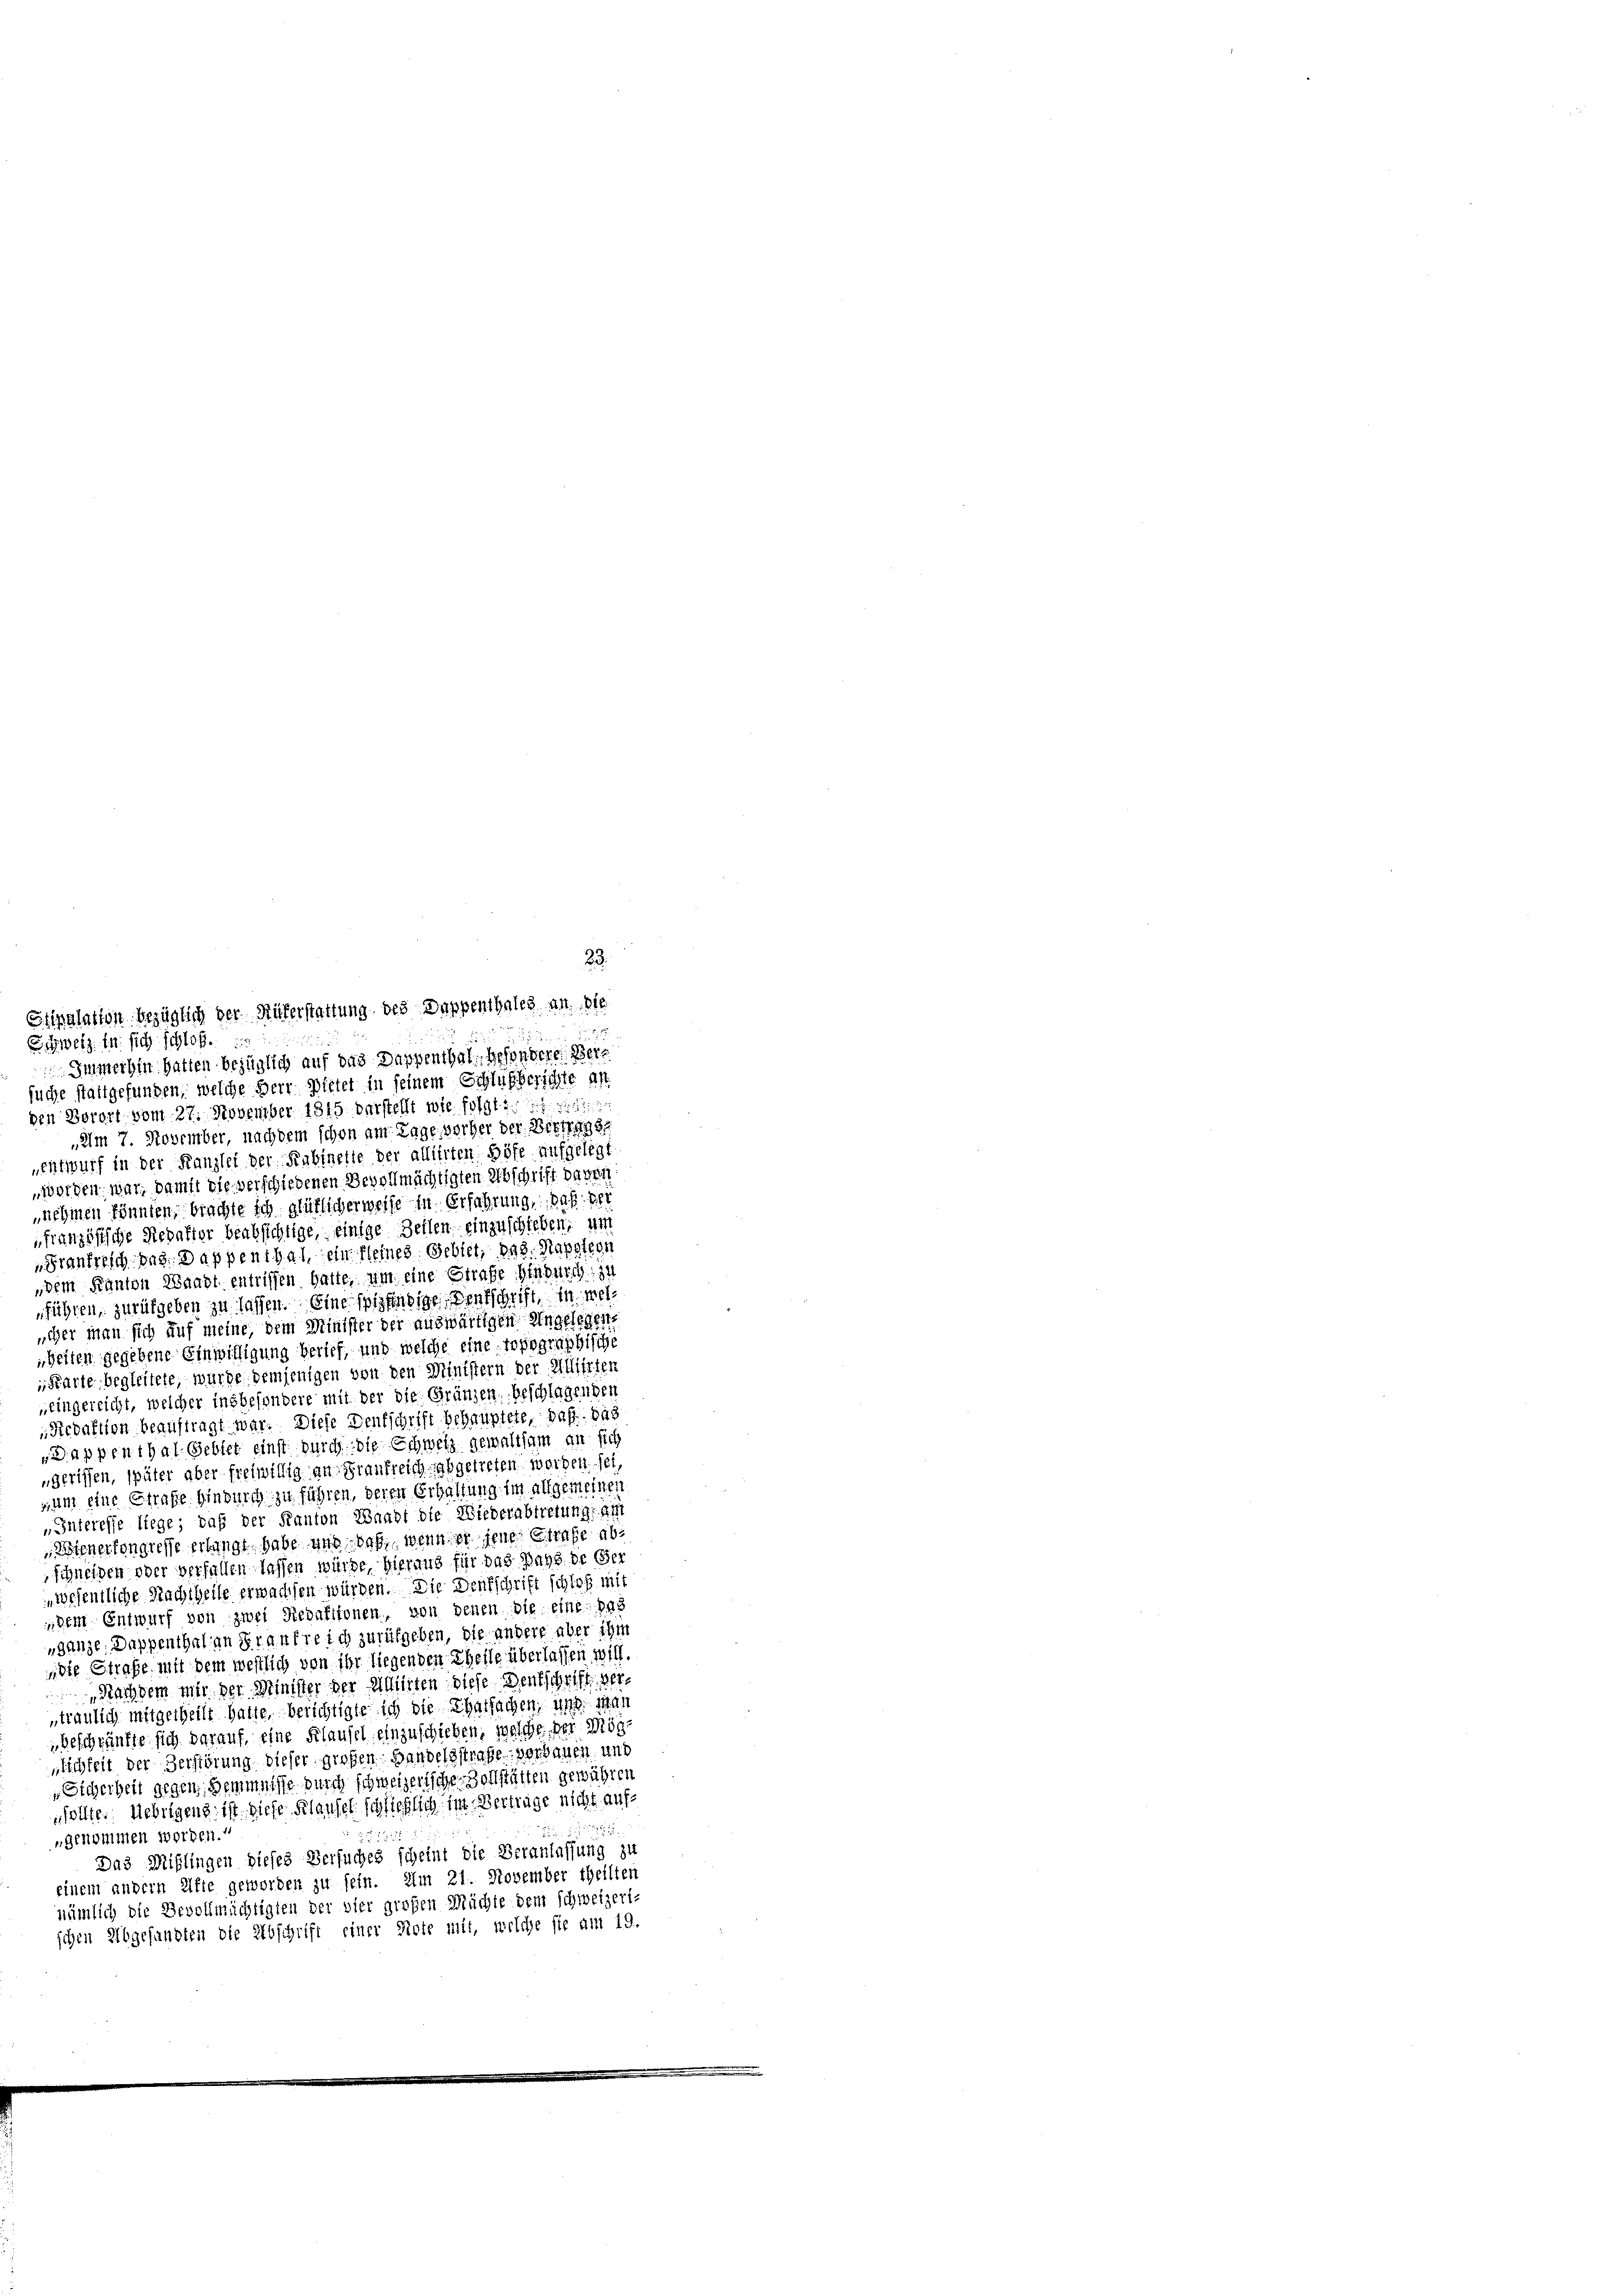
Immerhin hatten bezüglich auf das Dappenthal besondere Berfuche stattgefunden, welche Herr Bietet in seinem Schlußberichte an
den Vorort vom 27. November 1815 verstellt wie folgte
„Am 7. November, nachdem schon am Tage vorher der Bestrasse
entwurf in der Kanzlei der Kabinette der allierten, Höfe aufgelegt.
worden, war, damit die verschiedenen Bevollmächtigten Abschrift davon
nehmen könnten, brachte ich glüklicherweise in Erfahrung, daß der
französische Redakter beabsichtige, einige Zellen, einzuschieben, um
„Frankreich das. Dappenthal, ein seines Gebiet, das Kapplern
dem Kanton Waadt entrissen hatte, um eine Strafe hindurch zu
führen, zurükgeben zu lassen. Eine spielendige entschrift, in welcher man sich auf meine, dem Minister der auswärtigen Ungelegen
Heiten gegebene Einwilligung berief, und welche eine topographische
Karte, begleitete, wurde demjenigen von den Ministern der Alliirten
„eingereicht, welcher insbesondere mit der die Gränzen, beschlagenden
Redaktion beauftragt war. Diese Deutschrift behauptete, daß das
Dappenthal Gebiet einst durch die Schweiz gewaltsam an sich
„gerissen, später aber freiwillig an Frankreich abgetreten werden sei,
zum eine Strafe hindurch zu führen, deren Erhaltung im allgemeinen
„Interesse liege; daß der Kanton Knabt die Wiederabtretungszi
Wienerfongresse erlangt habe und daß wenn er jene Strafe abschneiden oder verfallen lassen würde. Hieraus für das Bays de Ger
wesentliche Nachtheile erwachsen würden. Die Denkschrift schloß mit
dem Entwurf von zwei Redaktionen, von denen die eine Ins
„ganze Dappenthal an Frankreich zurükgeben, die andere aber ihm
,die Strafe, mit dem westlich von ihr liegenden Theile überlassen will.
Nachdem mit der Minister der Alliirten diese Deutschrift vertraulich mitgetheilt hatte. Berichtigte ich die Thatsachen, und man
Geschränkte sich darauf, eine Flausel einzuschieben, welche der Mögnlichkeit der Zerstörung dieser großen Handelsstrafe verbauen und
Sicherheit gegen Hemmnisse durch schweizerische Zollstätten gewähren
sollte. Uebrigens ist diese Klausel schließlich im Vertrage nicht auf¬
1525
„genommen worden.
Das Mißlingen dieses Versuches scheint die Veranlassung zu
einem andern Afte geworden zu sein. Am 21. November theilten
nämlich die Bevollmächtigten der vier großen Müchte dem schweizert-
schen Abgefundten die Abschrift einer Note mit, welche sie am 19.

Spalation bezüglich der Rükerstattung des Dappenthales an Ste
Schweiz in sich schloß

23.